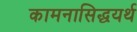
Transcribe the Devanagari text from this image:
कामनासिद्धयर्थ